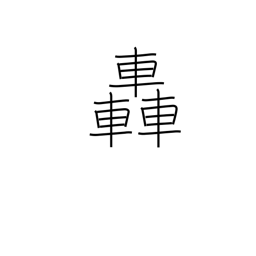
Meaning: roar